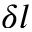
\delta l